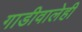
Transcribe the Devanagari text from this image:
गाडीवालेही